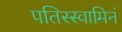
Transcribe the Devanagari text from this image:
पतिस्स्वामिनं